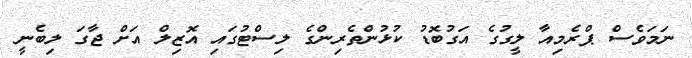
ނަމަވެސް ޕްރެމިއާ ލީގުގެ އަގުބޮޑު ކުޅުންތެރިންގެ ލިސްޓުގައި އޮޒިލް އަށް ޖާގަ ލިބެނީ